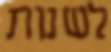
לשנות